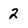
Character: 2